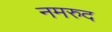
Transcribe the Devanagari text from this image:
नमरुद